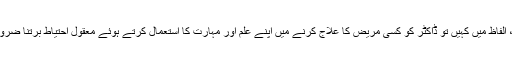
دُوسرے، الفاظ میں کہیں تو ڈاکٹر کو کِسی مریض کا علاج کرنے میں اپنے علم اَور مہارت کا استعمال کرتے ہوئے معقول احتیاط برتنا ضروری ہے۔